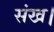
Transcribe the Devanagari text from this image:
संख।